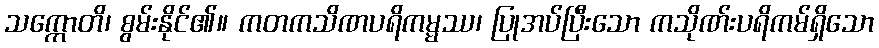
သက္ကောတိ၊ စွမ်းနိုင်၏။ ကတကသိဏပရိကမ္မဿ၊ ပြုအပ်ပြီးသော ကသိုဏ်းပရိကမ်ရှိသော